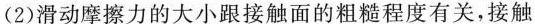
(2)滑动摩擦力的大小跟接触面的粗糙程度有关，接触